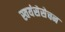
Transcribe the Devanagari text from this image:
स्वयंसेसेचन